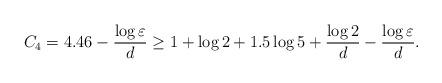
LaTeX: \begin{align*} C_4=4.46-\frac{\log\varepsilon}{d} \geq 1+\log 2+1.5\log 5 +\frac{\log 2}{d}-\frac{\log\varepsilon}{d}.\end{align*}